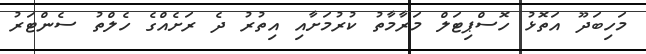
މަހިބަދޫ އަތޮޅު ހޮސްޕިޓަލް މަރާމާތު ކުރުމަށާއި އިތުރު ދެ ރަށެއްގެ ހެލްތު ސެންޓަރު